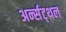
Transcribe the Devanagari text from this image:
अर्न्सट्थल